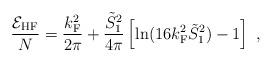
LaTeX: \begin{align*}\frac{{\cal E}_{\rm HF}}{N} = \frac{k_{\rm F}^2}{2\pi} + \frac{\tilde{S}_1^2}{4\pi}\left[ \ln(16 k_{\rm F}^2 \tilde{S}_1^2) -1 \right] \ ,\end{align*}